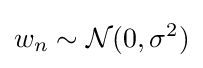
w_{n}\sim {\mathcal {N}}(0,\sigma ^{2})